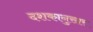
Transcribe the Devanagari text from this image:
दशकानुसार